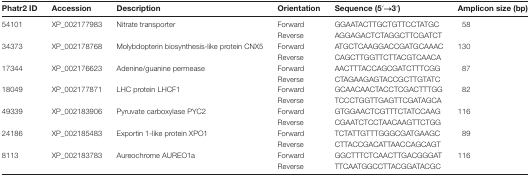
| Phatr2 ID | Accession | Description | Orientation | Sequence (5′→3′) | Amplicon size (bp) |
 | --- | --- | --- | --- | --- | --- |
 | 54101 | XP_002177983 | Nitrate transporter | Forward | GGAATACTTGCTGTTCCTATGC | 58 |
 |  |  |  | Reverse | AGGAGACTCTAGGCTTCGATCT |  |
 | 34373 | XP_002178768 | Molybdopterin biosynthesis-like protein CNX5 | Forward | ATGCTCAAGGACCGATGCAAAC | 130 |
 |  |  |  | Reverse | CAGCTTGGTTCTTACGTCAACA |  |
 | 17344 | XP_002176623 | Adenine/guanine permease | Forward | AACTTTACCAGCGATCTTTCGG | 87 |
 |  |  |  | Reverse | CTAGAAGAGTACCGCTTGTATC |  |
 | 18049 | XP_002177871 | LHC protein LHCF1 | Forward | GCAACAACTACCTCGACTTTGG | 82 |
 |  |  |  | Reverse | TCCCTGGTTGAGTTCGATAGCA |  |
 | 49339 | XP_002183906 | Pyruvate carboxylase PYC2 | Forward | GTGGAACTCGTTTCTATCCAAG | 116 |
 |  |  |  | Reverse | CGAATCTCCTAACAAGTTCTGG |  |
 | 24186 | XP_002185483 | Exportin 1-like protein XPO1 | Forward | TCTATTGTTTGGGCGATGAAGC | 89 |
 |  |  |  | Reverse | CTTACCGACATTAACCAGCAGT |  |
 | 8113 | XP_002183783 | Aureochrome AUREO1a | Forward | GGCTTTCTCAACTTGACGGGAT | 116 |
 |  |  |  | Reverse | TTCAATGGCCTTACGGATACGC |  |